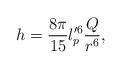
LaTeX: \begin{align*}h = \frac{8 \pi}{15} l_p^{\prime 6} \frac{Q}{r^6} , \end{align*}